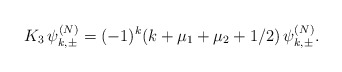
\begin{align*} K_3\,\psi_{k,\pm}^{(N)}=(-1)^{k}(k+\mu_1+\mu_2+1/2)\,\psi_{k,\pm}^{(N)}.\end{align*}